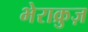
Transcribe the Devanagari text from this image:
भेराक्रुज़